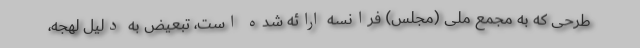
طرحی که به مجمع ملی (مجلس) فرانسه ارائه شده است، تبعیض به دلیل لهجه،